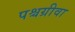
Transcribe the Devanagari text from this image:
पश्चग्रीवा